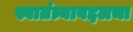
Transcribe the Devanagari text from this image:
स्वातंत्र्याबद्दलचा